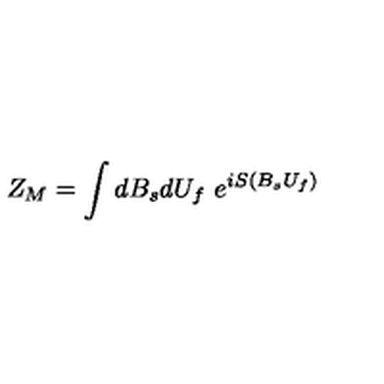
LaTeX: Z _ { M } = \int d B _ { s } d U _ { f } \ e ^ { i S \left( B _ { s } U _ { f } \right) }